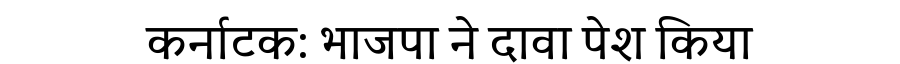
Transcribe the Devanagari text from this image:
कर्नाटक: भाजपा ने दावा पेश किया